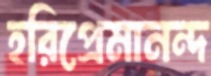
হরিপ্রেমানন্দ